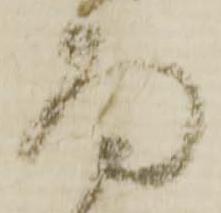
面